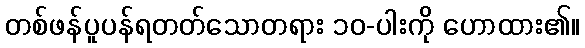
တစ်ဖန်ပူပန်ရတတ်သောတရား ၁၀-ပါးကို ဟောထား၏။